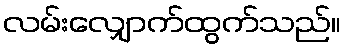
လမ်းလျှောက်ထွက်သည်။